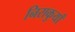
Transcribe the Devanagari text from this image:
निराकुर्यां